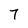
Character: 7